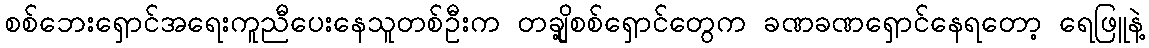
စစ်ဘေးရှောင်အရေးကူညီပေးနေသူတစ်ဦးက တချို့စစ်ရှောင်တွေက ခဏခဏရှောင်နေရတော့ ရေဖြူနဲ့